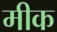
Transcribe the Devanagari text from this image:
मीक